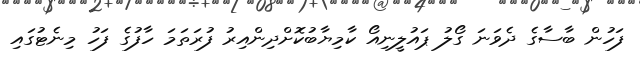
ފަހުން ބާސާގެ ދެވަނަ ގޯލު ޕައުލީނިއޯ ކާމިޔާބުކޮށްދިންއިރު ފުރަތަމަ ހާފުގެ ފަހު މިނެޓުގައި